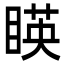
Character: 䁐